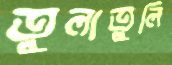
তুলাতুলি